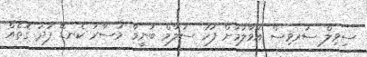
ސިވިލް ސަރވިސް އުވާލުމަށް ފަހު ސަލާމް ބުނީމާ މުސާރަ ކެނޑޭ ފަދަ ގޮތެއް